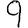
Digit: 9